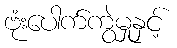
ဗုံးပေါက်ကွဲမှုနှင့်